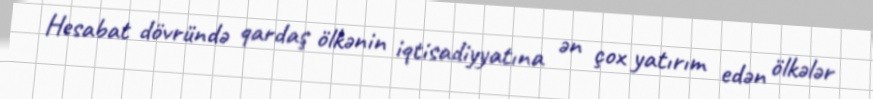
Hesabat dövründə qardaş ölkənin iqtisadiyyatına ən çox yatırım edən ölkələr